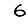
Digit: 6